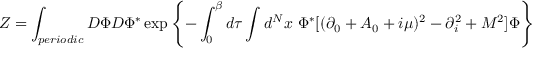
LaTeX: { \cal Z } = \int _ { p e r i o d i c } D \Phi D \Phi ^ { \ast } \exp \left\{ - \int _ { 0 } ^ { \beta } d \tau \int d ^ { N } x \ \Phi ^ { \ast } [ ( \partial _ { 0 } + A _ { 0 } + i \mu ) ^ { 2 } - \partial _ { i } ^ { 2 } + M ^ { 2 } ] \Phi \right\}